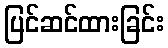
ပြင်ဆင်ထားခြင်း